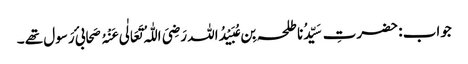
جواب : حضرتِ سَیِّدُنا طلحہ بِن عُبَیْدُاللہ رَضِیَ اللّٰہُ تَعَالٰی عَنْہُ صَحابیٔ رَسول تھے ۔